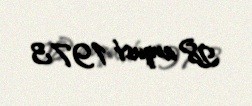
28 avqust 1973